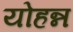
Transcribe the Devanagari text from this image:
योहन्न